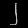
Digit: ၂